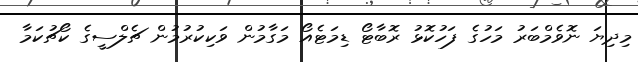
މިދިޔަ ނޮވެމްބަރު މަހުގެ ފަހުކޮޅު ރޮބާޓޯ ޑިމަޓެއޯ މަގާމުން ވަކިކުރުމުން ޗެލްސީގެ ކޯޗުކަމާ